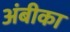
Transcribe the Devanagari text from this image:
अंबीका